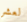
لعشر